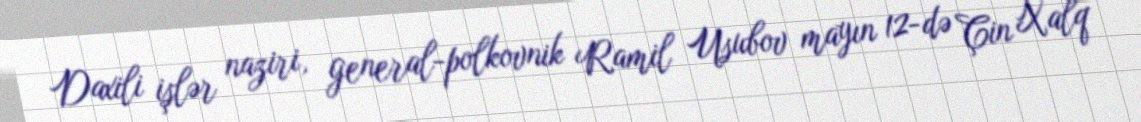
Daxili işlər naziri, general-polkovnik Ramil Usubov mayın 12-də Çin Xalq